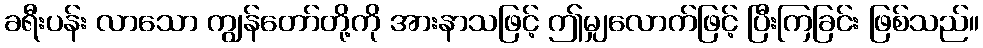
ခရီးပန်း လာသော ကျွန်တော်တို့ကို အားနာသဖြင့် ဤမျှလောက်ဖြင့် ပြီးကြခြင်း ဖြစ်သည်။